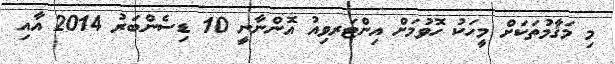
މި މަޤާމުތަކަށް މީހަކު ހޮވުމަށް އިންޓަރވިއު އޮންނާނީ 10 ޑިސެންބަރު 2014 އާއި